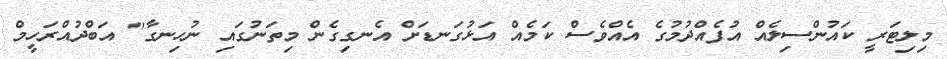
މިލިޓަރީ ކައުންސިލެއް އުފެއްދުމުގެ އެއްވެސް ކަމެއް އަޅުގަނޑަށް އެނގިގެން މިތަނުގައި ނުހިނގާ" އަބްދުއްރަހީމް